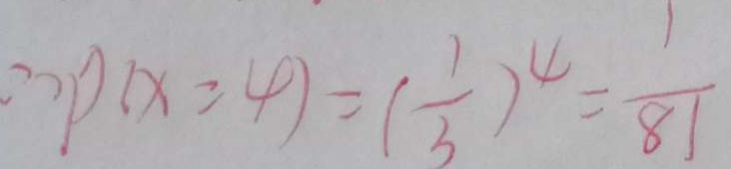
\therefore p ( x = 4 ) = ( \frac { 1 } { 3 } ) ^ { 4 } = \frac { 1 } { 8 1 }